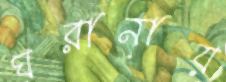
ঘরানায়